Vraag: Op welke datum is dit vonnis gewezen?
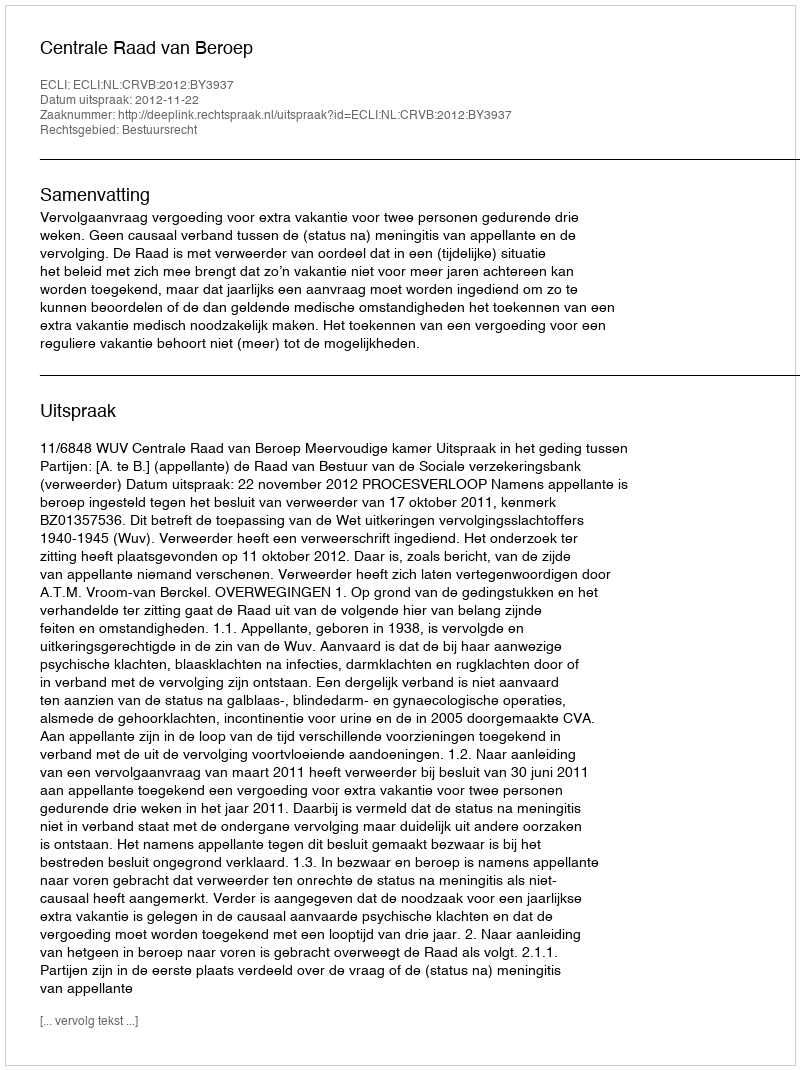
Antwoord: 2012-11-22